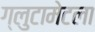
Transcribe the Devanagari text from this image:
ग्लुटामेटला